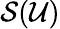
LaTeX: \mathcal{S}(\mathcal{U})